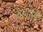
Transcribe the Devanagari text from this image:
मरासी